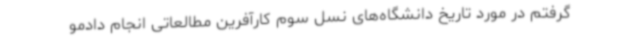
گرفتم در مورد تاریخ دانشگاه‌های نسل سوم کارآفرین مطالعاتی انجام دادمو